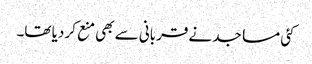
کئی مساجد نے قربانی سے بھی منع کر دیا تھا۔